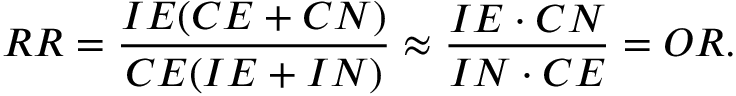
R R = { \frac { I E ( C E + C N ) } { C E ( I E + I N ) } } \approx { \frac { I E \cdot C N } { I N \cdot C E } } = O R .